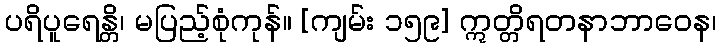
ပရိပူရေန္တိ၊ မပြည့်စုံကုန်။ [ကျမ်း ၁၅၉] ဣတ္တိရတနာဘာဝေန၊